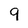
Character: 9